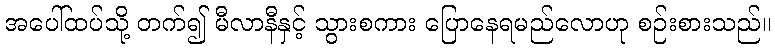
အပေါ်ထပ်သို့ တက်၍ မီလာနီနှင့် သွားစကား ပြောနေရမည်လောဟု စဉ်းစားသည်။